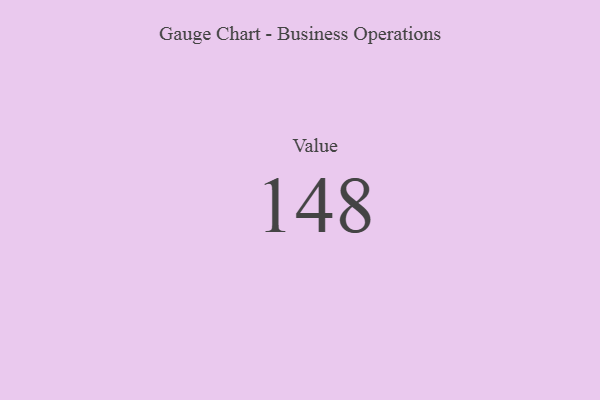
{"axis": {"x": "Metric", "y": "Value"}, "legend": [""], "data": [{"x": "Value", "y": 148, "type": ""}]}